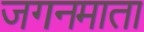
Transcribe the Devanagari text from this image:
जगनमाता